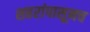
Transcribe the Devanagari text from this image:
शहरांपासूनच